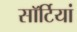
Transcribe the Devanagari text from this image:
साॅर्टियां